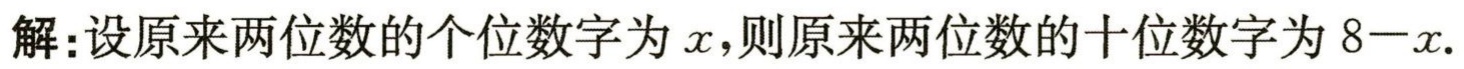
解：设原来两位数的个位数字为\(x\)，则原来两位数的十位数字为 \(8 - x\).